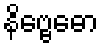
နိဗ္ဗေဓော